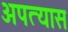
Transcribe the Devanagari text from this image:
अपत्यास